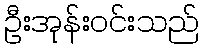
ဦးအုန်းဝင်းသည်